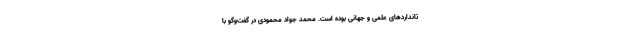
تانداردهای علمی و جهانی بوده است. محمد جواد محمودی در گفت‌وگو با